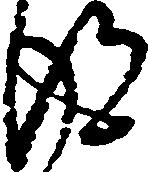
得